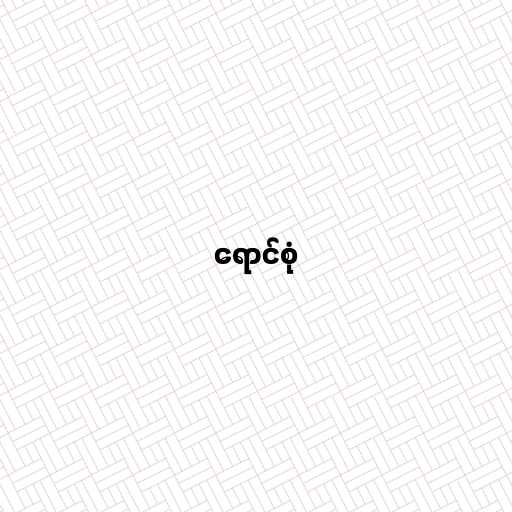
ရောင်စုံ